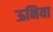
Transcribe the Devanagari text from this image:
ऊनिया